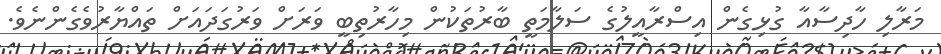
މަރާލި ހާދިސާއާ ގުޅިގެން އިސްރާއީލުގެ ސަލާމަތީ ބާރުތަކުން މިހާރުތިބީ ވަރަށް ވަރުގަދައަށް ތައްޔާރުވެގެންނެވެ.